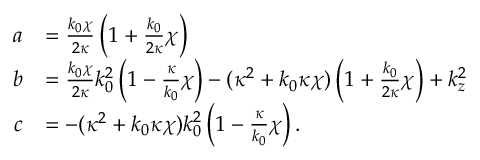
\begin{array} { c l } { a } & { = \frac { k _ { 0 } \chi } { 2 \kappa } \left( 1 + \frac { k _ { 0 } } { 2 \kappa } \chi \right) } \\ { b } & { = \frac { k _ { 0 } \chi } { 2 \kappa } k _ { 0 } ^ { 2 } \left( 1 - \frac { \kappa } { k _ { 0 } } \chi \right) - ( \kappa ^ { 2 } + k _ { 0 } \kappa \chi ) \left( 1 + \frac { k _ { 0 } } { 2 \kappa } \chi \right) + k _ { z } ^ { 2 } } \\ { c } & { = - ( \kappa ^ { 2 } + k _ { 0 } \kappa \chi ) k _ { 0 } ^ { 2 } \left( 1 - \frac { \kappa } { k _ { 0 } } \chi \right) . } \end{array}